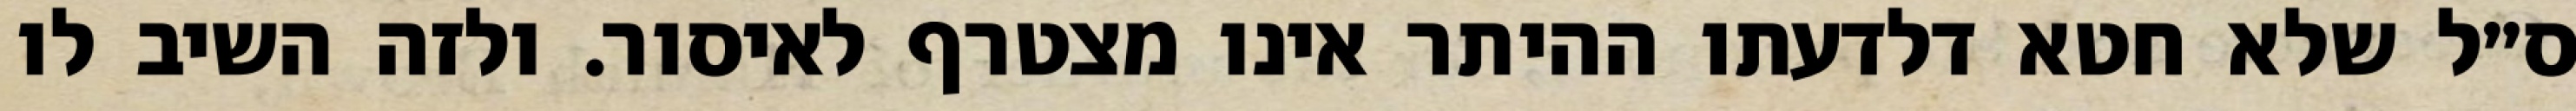
ס״ל שלא חטא דלדעתו ההיתר אינו מצטרף לאיסור. ולזה השיב לו